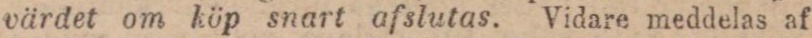
värdet om köp snart afslutas. Vidare meddelas af